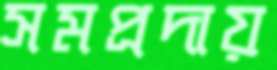
সমপ্রদায়